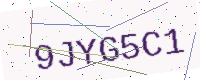
Text: 9JYG5C1